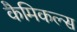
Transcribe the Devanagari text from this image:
कैमिकल्‍स